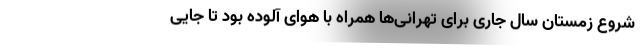
شروع زمستان سال جاری برای تهرانی‌ها همراه با هوای آلوده بود تا جایی